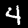
Digit: 4